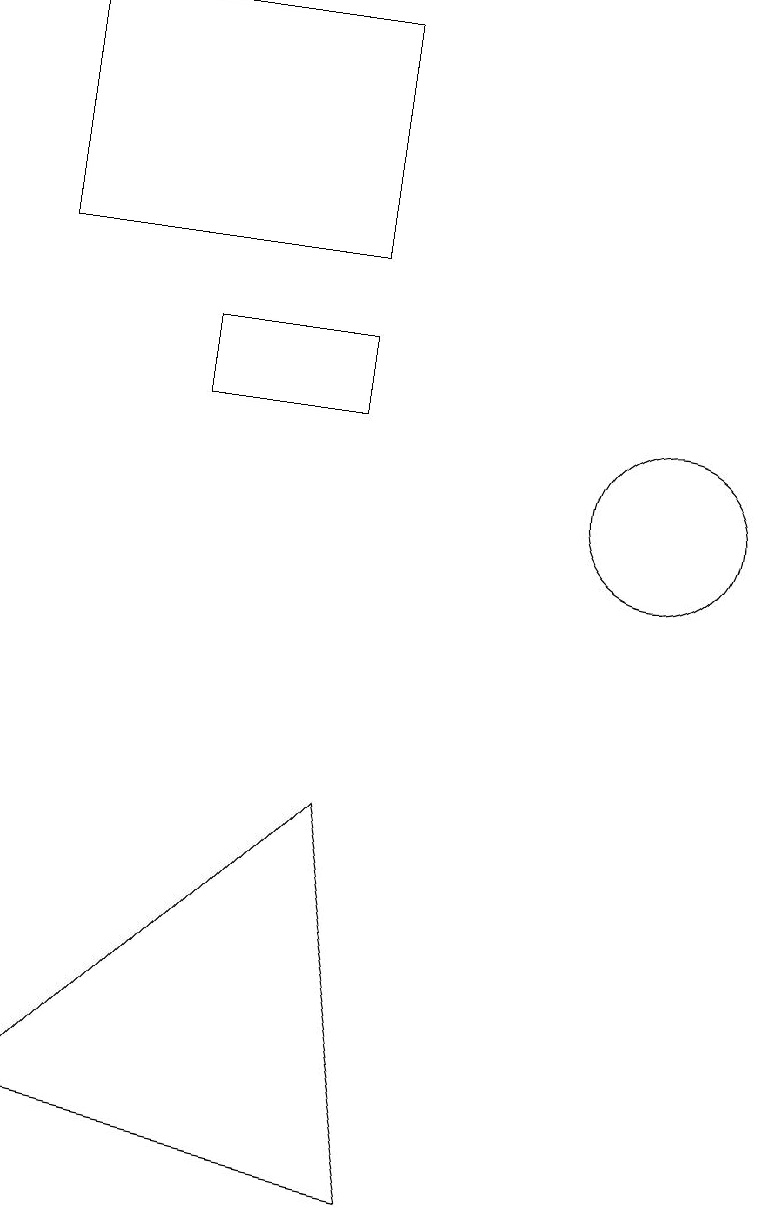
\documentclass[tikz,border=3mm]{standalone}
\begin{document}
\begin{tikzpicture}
\draw (4,12) rectangle (6,11);
\draw (10,10) circle (1);
\draw (2,16) rectangle (6,13);
\draw (7,1) -- (6,6) -- (2,2) -- cycle;
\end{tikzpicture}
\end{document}